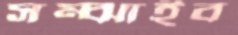
সম্‌ঝাইব